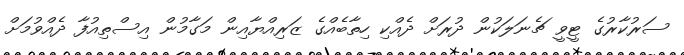
ސަރުކާރުގެ ޓީވީ ޗެނަލަކުން ދުރަށް ދެއްކިި ހިތާބެއްގެ ޒަރިއްޔާއިން މަގާމުން އިސްތިއުފާ ދެއްވުމަށް